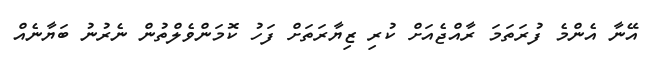
އޭނާ އެންމެ ފުރަތަމަ ރާއްޖެއަށް ކުރި ޒިޔާރަތަށް ފަހު ކޮމަންވެލްތުން ނެރުނު ބަޔާނެއް